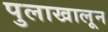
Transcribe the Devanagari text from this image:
पुलाखालून